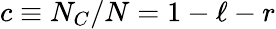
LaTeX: c\equiv N_{C}/N=1-\ell-r